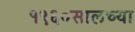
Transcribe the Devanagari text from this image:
१९६०सालच्या